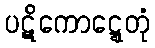
ပဋိကောဋ္ဋေတုံ